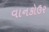
વાનકોઉર